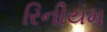
રિનીયમ